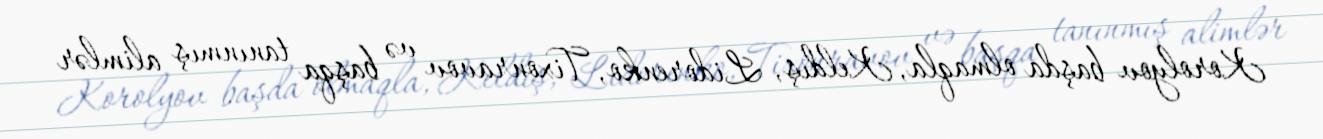
Korolyov başda olmaqla, Keldış, Lidorenko, Tixonravov və başqa tanınmış alimlər